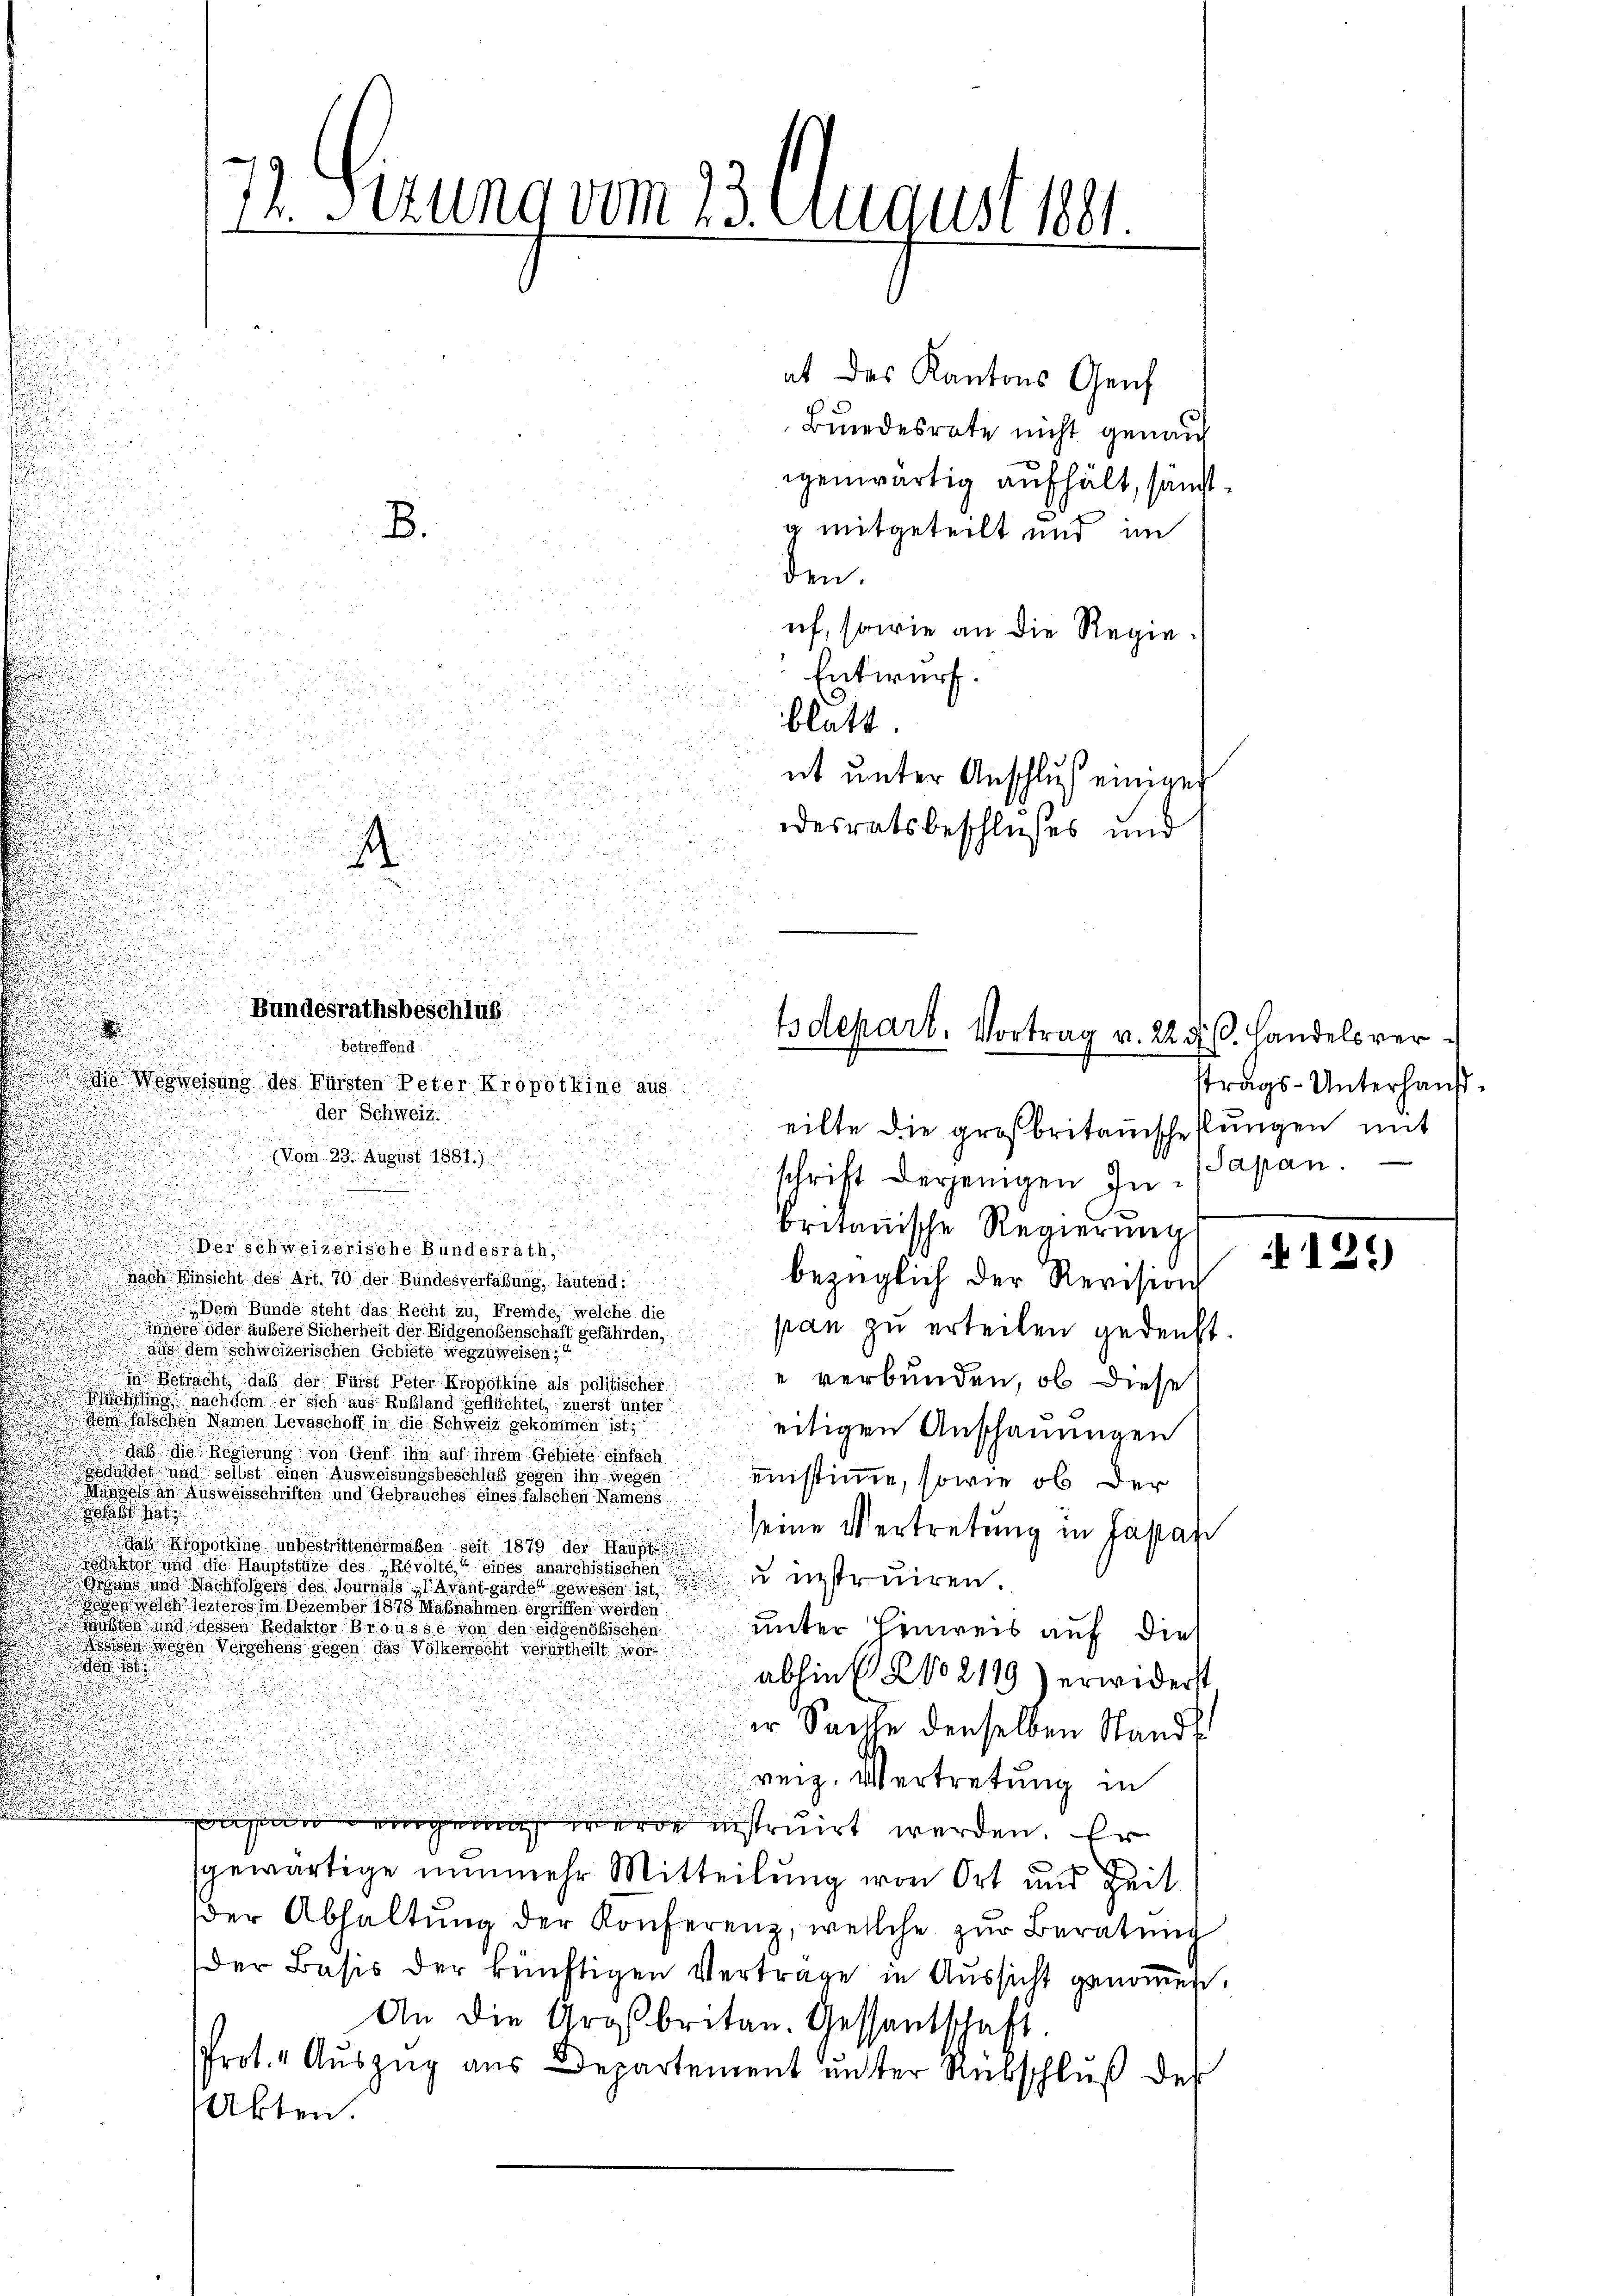
7. Sizung vom 23. August 1881.

A
.

B.

i
Bundesrathsbeschluß
betreffend

.

.

u

at des Kantons Genf
Bundesrate nicht genau
igenwärtig aufhält, sämtg mitgeteilt und im
den
uf, sowie an die Regie¬
Entwurf.
blatt.
nt unter Anschluß einiger
desratsbeschlußes und

e

i
i

i
t
2
u
die Wegweisung des Fürsten Peter Kropotkine aus.
d
der Schweiz.
eilte die großbritanschellungen mit
Vom 23. August 1881.)
schrift derjenigen In¬
2
a
n
d
britanische Regierung
Der schweizerische Bundesrath,
nach Einsicht des Art. 70 der Bundesverfaßung, lautend:
bezüglich der Revision
Dem Bunde steht das Recht zu, Fremde, welche die
pan zu erteilen gedenkt.
innere oder äußere Sicherheit der Eidgenoßenschaft gefährden,
aus dem schweizerischen Gebiete wegzuweisen;
e verbunden, ob diese
in Betracht, daß der Fürst Peter Kropotkine als politischer
ihung nachdem er sich aus Rußland geflüchtet, zuerst unter
dem falschen Namen Levaschoff in die Schweiz gekommen ist;
eitigen Anschauungen
 daß die Regierung von Genf ihn auf ihrem Gebiete einfach
schuldet und selbst einen Ausweisungsbeschluß gegen ihn wegen
einstimme, sowie ob der
Marzel an Ausweisschriften und Gebrauches eines falschen Namens
 hat
seine Vertretung in Lapan
.
das Kroporhine unbestrittenermaßen seit 1879 der Haupt
ktor und die Hauptstüze des „Révolté,“ eines anarchistischen
n
u instruiren.
Brusts und Nachloßen des Journals, avant garde gewesen ist
ohen welch lezteres im Dezember 1878. Maßnahmen ergriffen werden
hos und dessen Redaktor Brousse von den eidgenößischen
unter Hinweis auf dies
sen wegen Vergehens gegen das Völkerrecht verurtheilt wor

abhin (2o 2119) erwiderst
er Sachse denselben Standt
reiz. Vertretung in
eser wenigen werde instruirt werden. Er
n
x
sgewärtige nunmehr Mitteilung von Ort und Zeit
der Abhaltŭng der Konferenz, welche zur Beratung
Der Basis der künftigen Vertrage in Aussicht genommen.
An die Großbritan. Gessantschaft
Prot. Auszug aus Departement unter Rebschluß des
Akten.

tsdepart. Vortrag v. 22. d. 6. Handels ver¬

strags-Unterhaus¬
Sapan.

125)